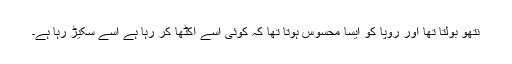
نتھو بولتا تھا اور رُوپا کو ایسا محسوس ہوتا تھا کہ کوئی اسے اکٹھا کر رہا ہے اُسے سکیڑ رہا ہے۔